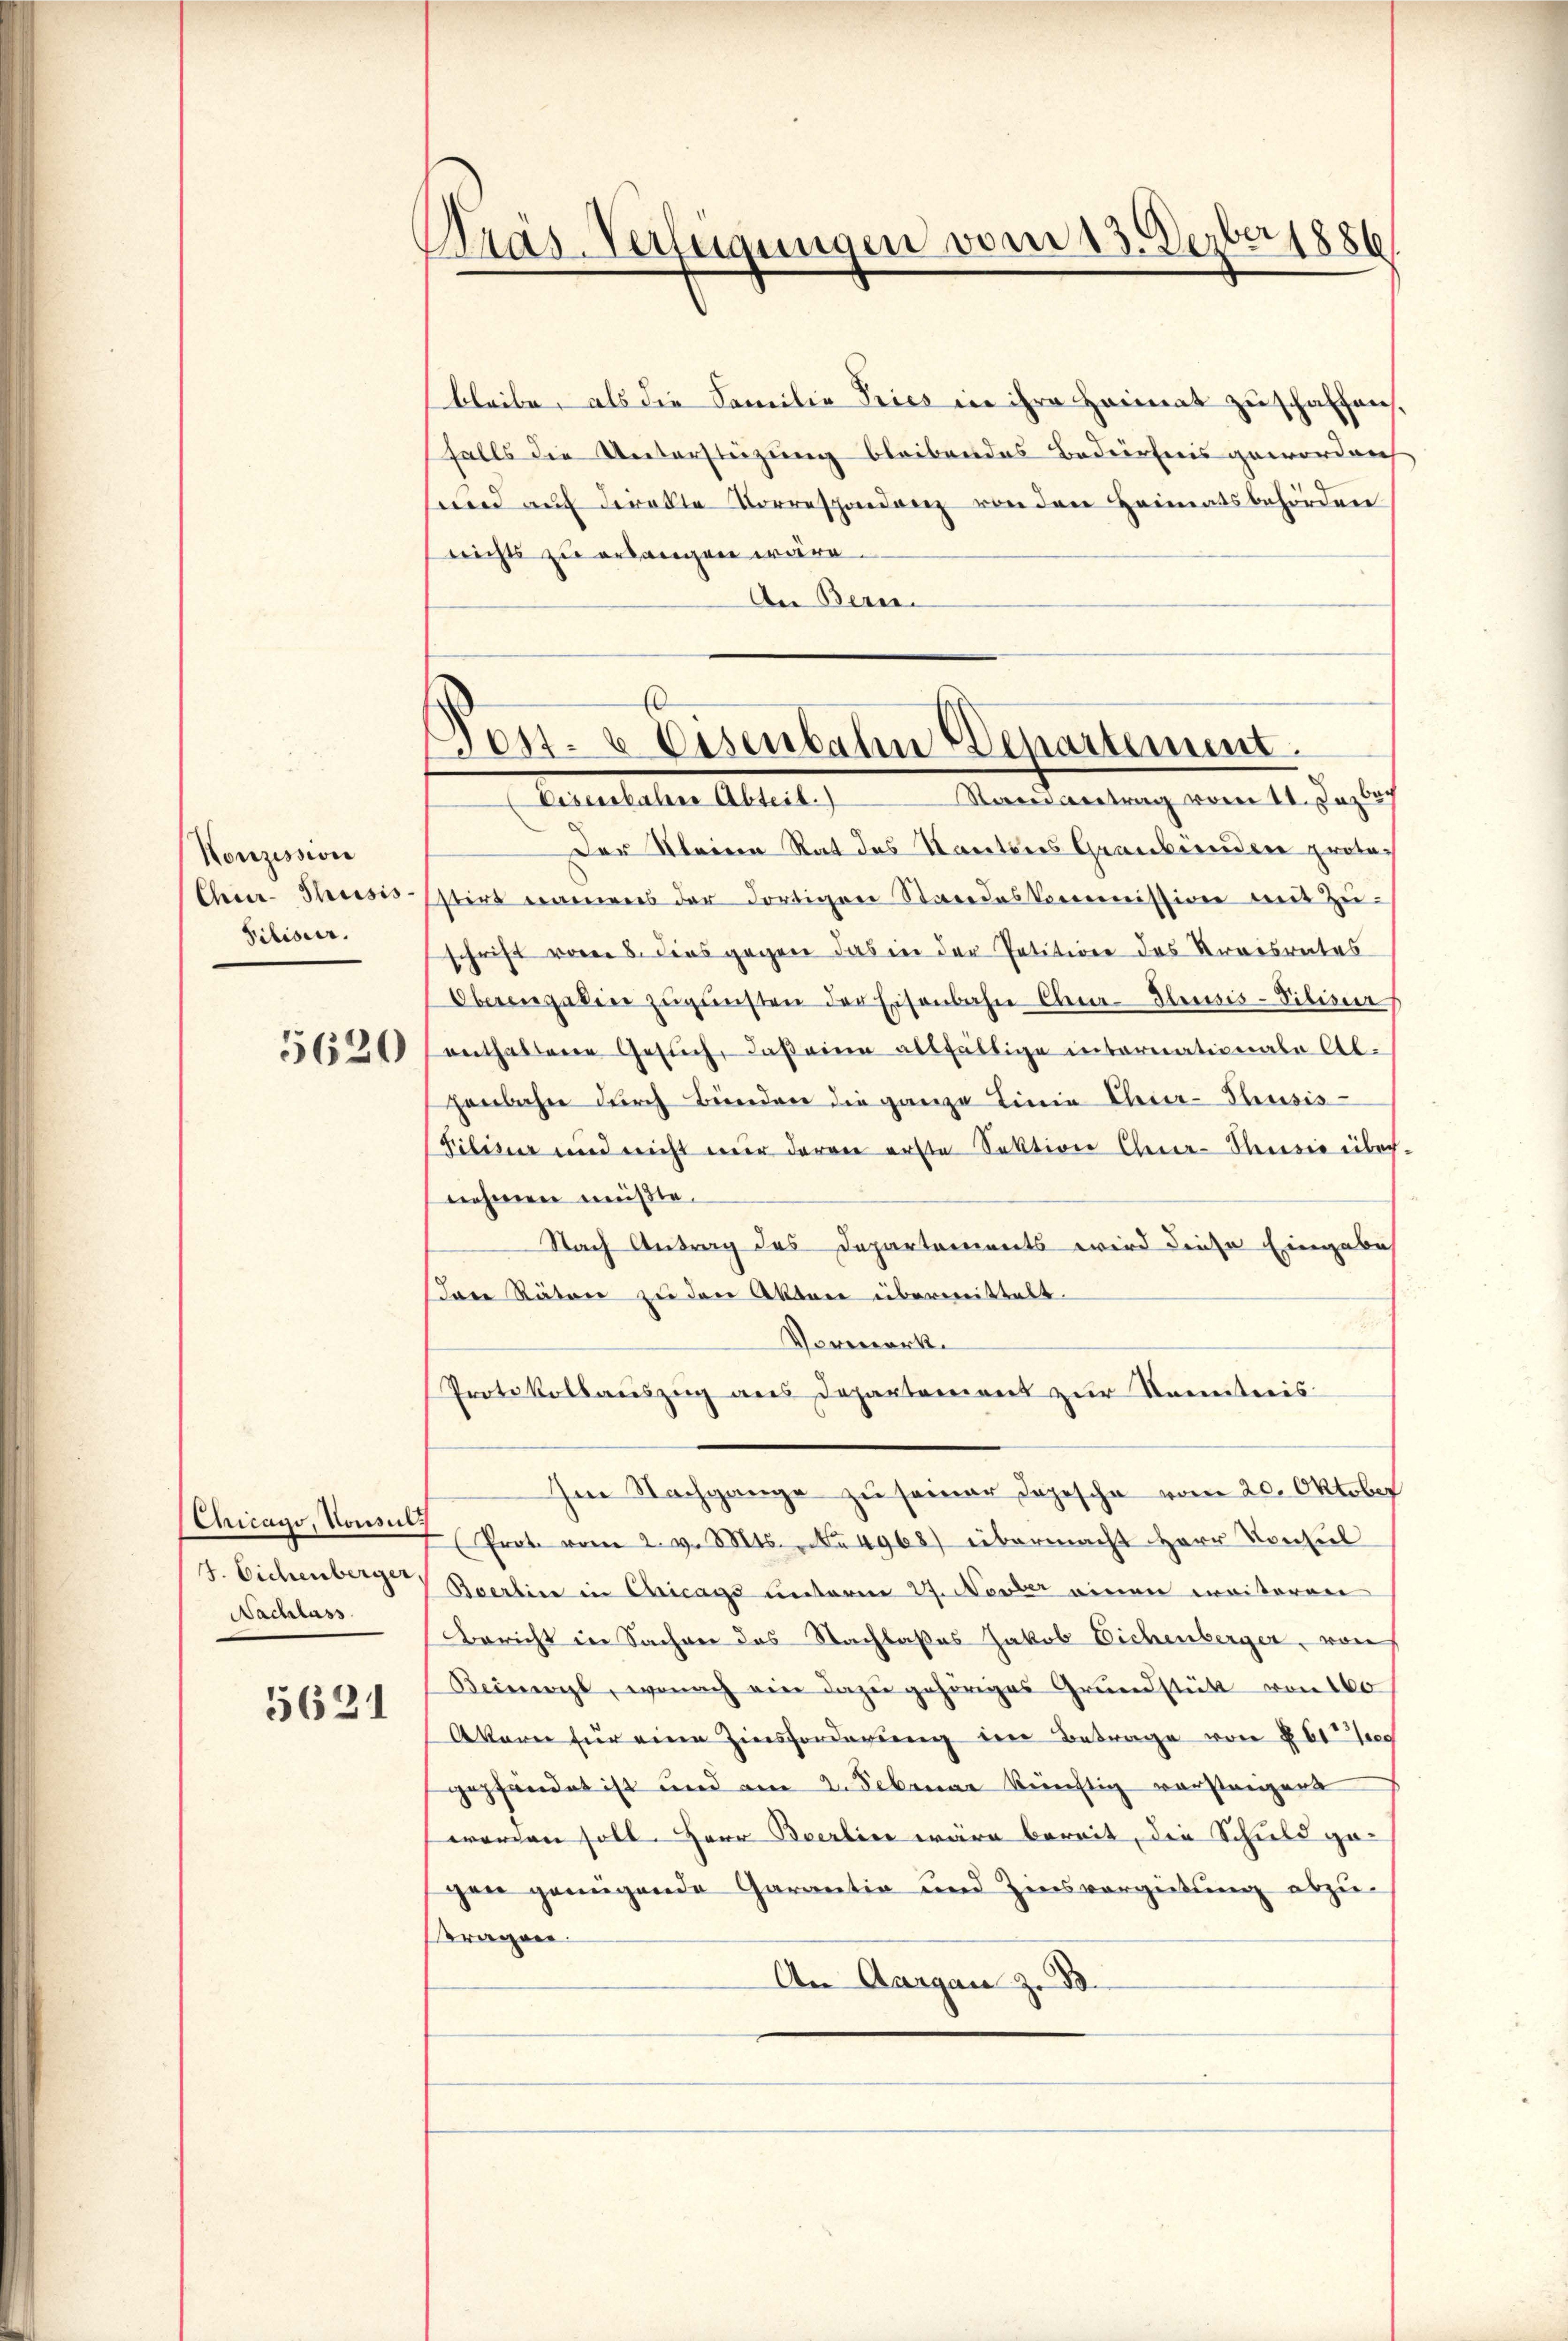
Nonzession
Chur-Thusis
Ribiser.

5620

Chicago, Konsuls
7. Eichenberger,
Nachlass

5631

Pras-Verfügungen vom 13. Dezber 1886

bleibe, als die Familie Pries in ihre Heimat zuschaffen,
falls die Unterstüzung bleibendes Bedürfnis gewordeich
wrend auf derarte Korrespondenz von den Heimatsbehörden
nichts zu erlangen wäre
An Bern

Post- & Eisenbahn Departement.
Sareintrag vom 11. Jezbach
Eisenbahne Abteil.)

Der Meiern Rat des Kantons Graubernden protostirt namens der dortigen Standeskommission mit Zuschrift vom 8. dies gegen das in der Petition des Streisrates
Oberengaben zugunsten der Eisenbahn Cha-Eleusis-Sibiser
enthaltene Gesuch, daß eine allfältige internationale Ab-
henbahn durch Bund die ganze Linie Thier-Thusis
Pilisir und nicht mir daran erste Sektion Cen-Seesie übrch
nehmen müßte.
Nach Antrag des Departements wird diese Eingabes
Das Räten zu den Akten übermittelt.
Vormerk.
Protokollauszug aus Departement zur Somiteeis
Im Nachgange zu seiner Depesche vom 20. Oktober
Prot. vom 2. v. Mts. No 4968) übermacht Herr Konsul
Boerline in Chicags unterm 27. Novber einen weiteren
Bericht in Sachen des Nachlaßes Jakob Eichenberger, von
Beinwyl, wonach ein dazu gehöriges Grundstütt von 100
Akare für eine Zinsforderung der Betrage von § 610
gepfändet ist und am 2. Februar künftig versteigert
worden soll. Herr Berlin wäre bereit, der Schuld ge-
gen genügende Garantia und Zinsvergütung abzu-
Fragen.
An Aargau Z. 33.